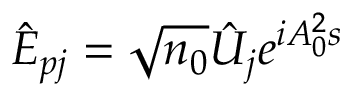
\hat { E } _ { p j } = \sqrt { n _ { 0 } } \hat { U } _ { j } e ^ { i A _ { 0 } ^ { 2 } s }